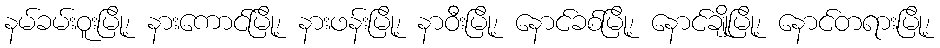
နမ်ခမ်းဝူးမြို့၊ နားကောင်မြို့၊ နားဖန်းမြို့၊ နာဝီးမြို့၊ နောင်ခစ်မြို့၊ နောင်ချိုမြို့၊ နောင်တရားမြို့၊